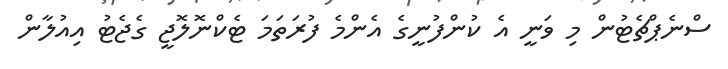
ސްނެޕްޗެޓުން މި ވަނީ އެ ކުންފުނީގެ އެންމެ ފުރަތަމަ ޓެކްނޮލޮޖީ ގެޖެޓު އިއުލާން